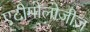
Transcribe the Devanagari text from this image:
एटीमोलोजीज़